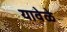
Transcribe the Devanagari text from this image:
यावेळे